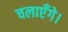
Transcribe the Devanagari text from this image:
चलाएँगे।